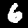
Label: 6